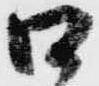
口